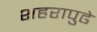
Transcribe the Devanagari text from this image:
शहरापुढे